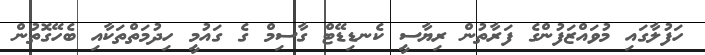
ހަފުލާގައި މުވައްޒަފުންގެ ފަރާތުން ރިޔާސީ ކެނޑިޑޭޓް ގާސިމް ގެ ގައުމީ ހިދުމަތްތަކާއި ބެހޭގޮތުން